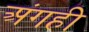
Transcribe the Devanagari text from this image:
अंगही